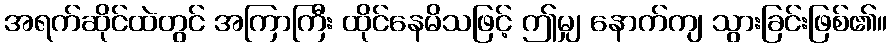
အရက်ဆိုင်ထဲတွင် အကြာကြီး ထိုင်နေမိသဖြင့် ဤမျှ နောက်ကျ သွားခြင်းဖြစ်၏။